Vabadussoja_Ajaloo_Komitee, lk 61
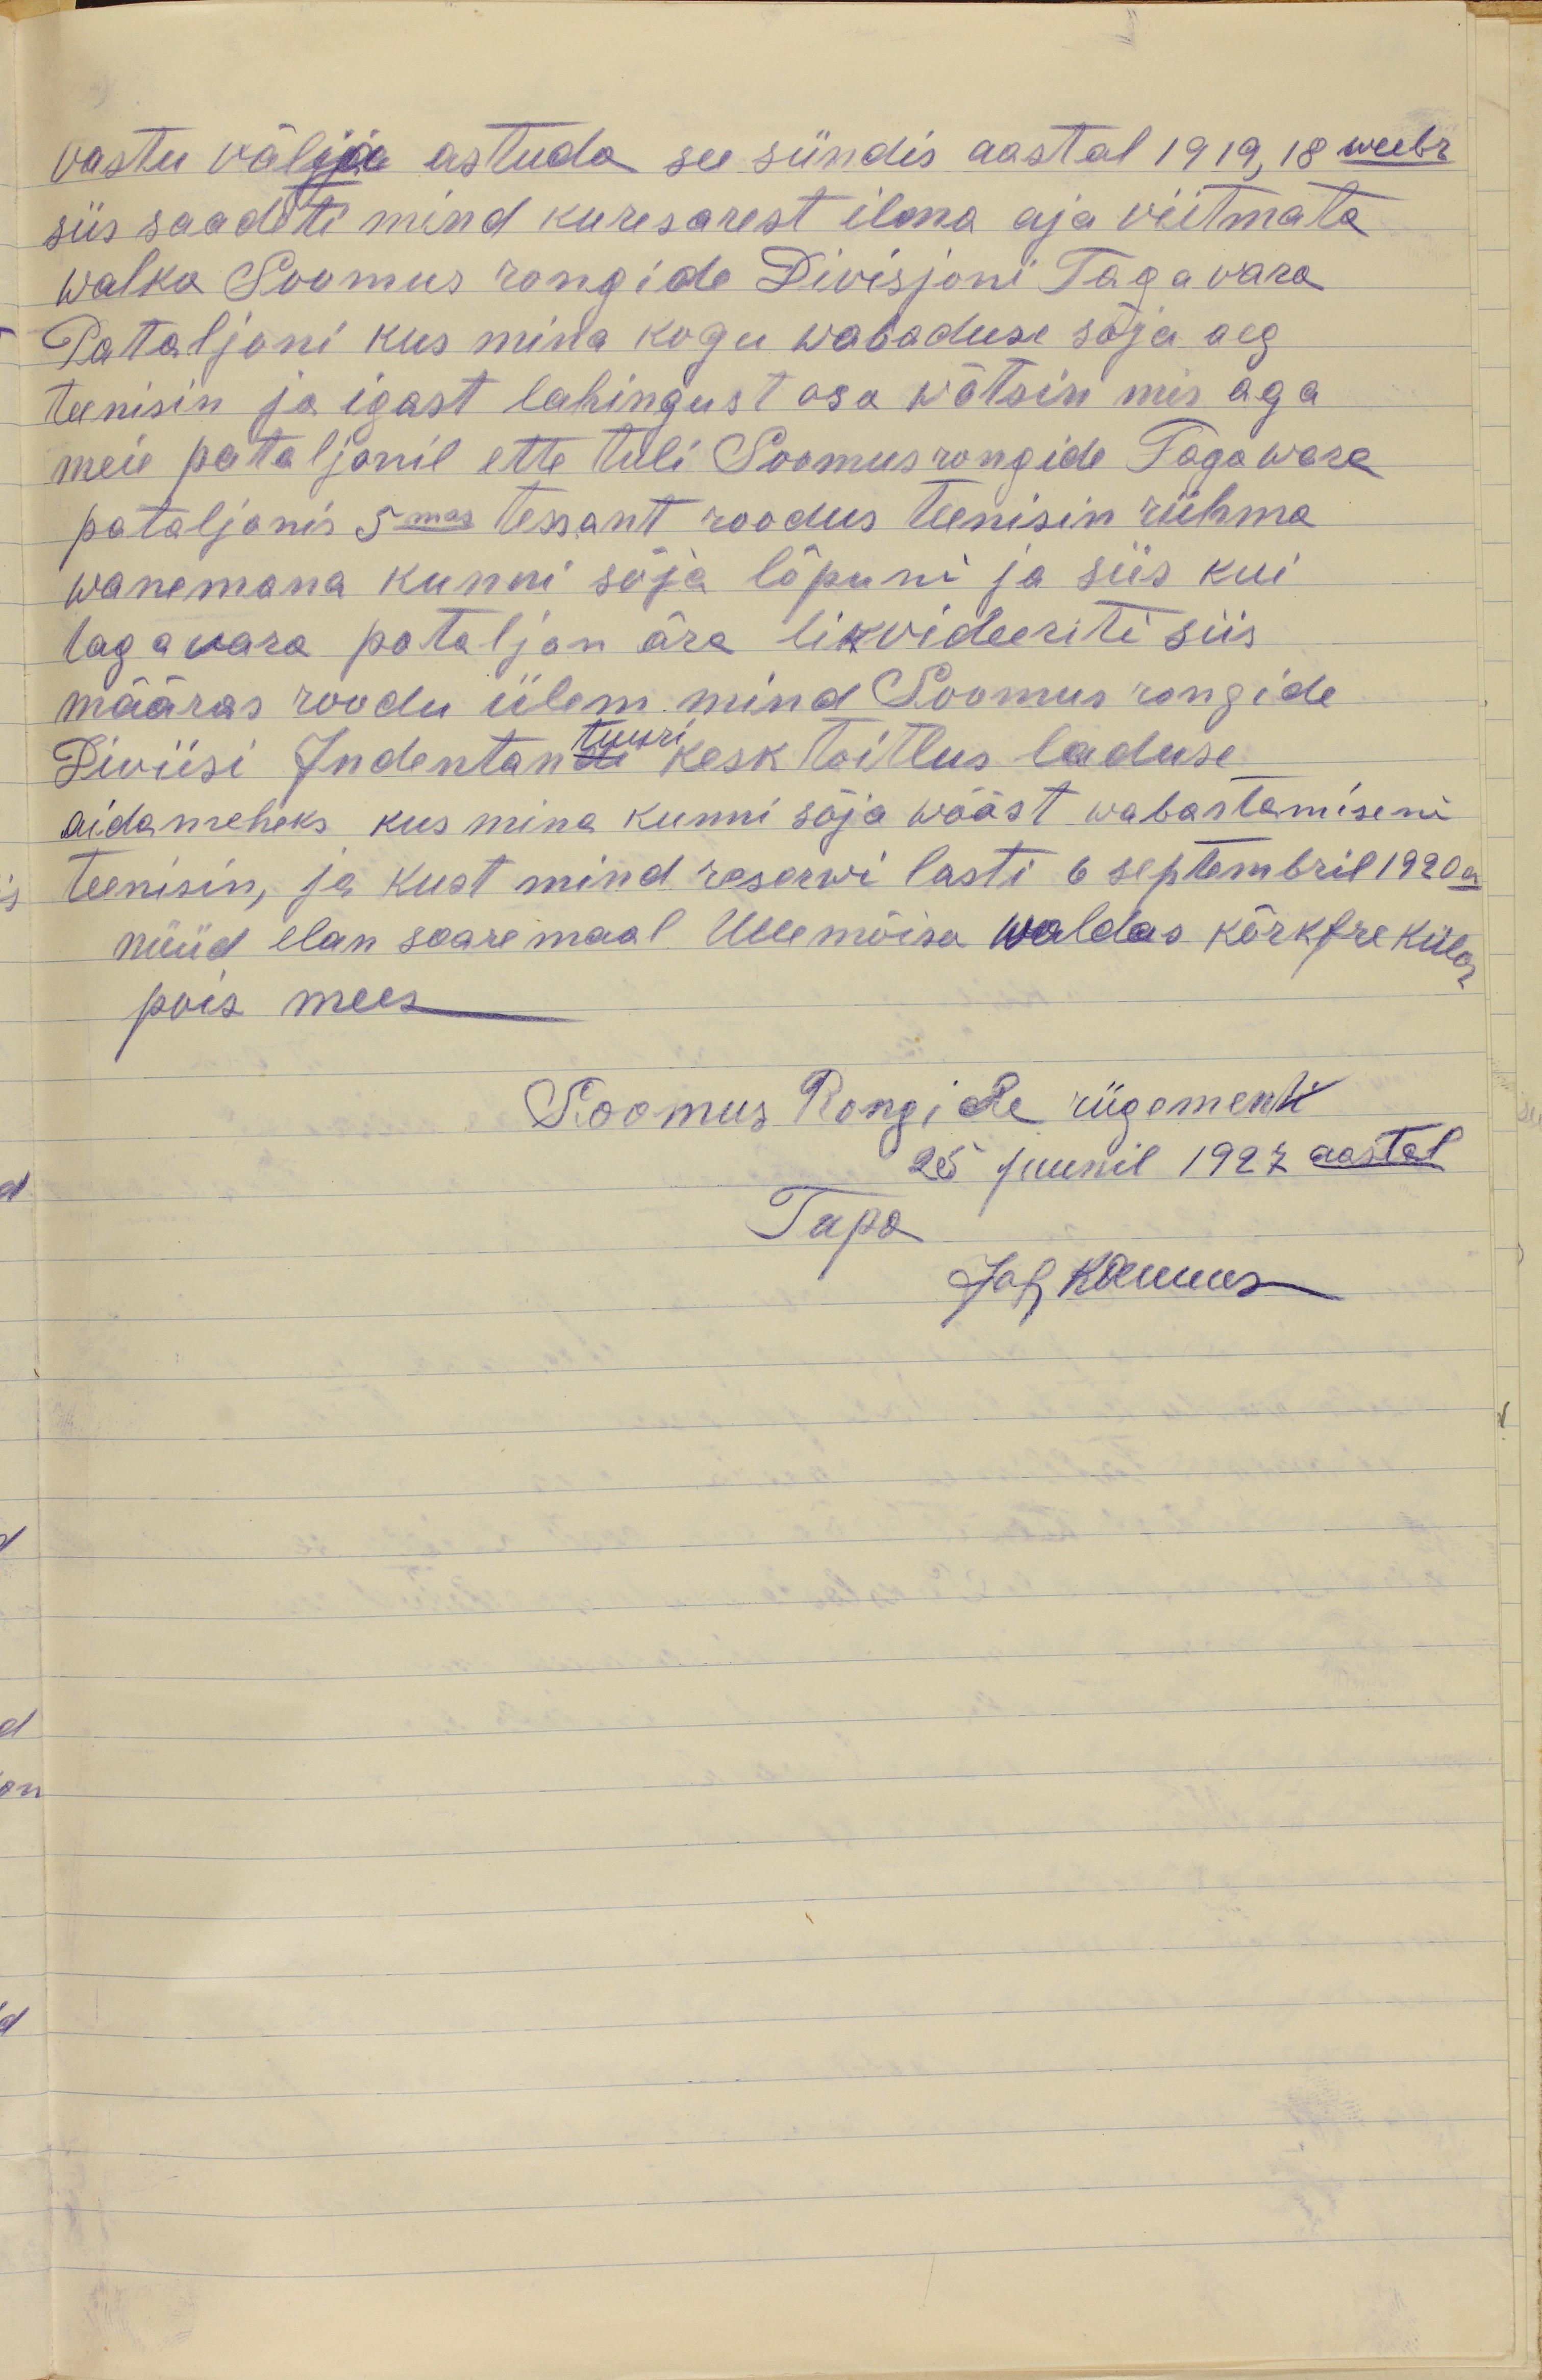
vastu välija astuda see sündis aastal 1919, 18 weebr
siis saadeti mind kuresarest ilma aja viitmata
walka Soomus rongide Divisjoni Tagavara
Pataljoni kus mina kogu wabaduse sõja aeg
teenisin ja igast lahingust osa wõtsin mis aga
meie pataljonil ette tuli Soomusrongide Tagawara
pataljonis 5 mas tessant roodus teenisin rühma
wanemana kunni sõja lõpuni ja siis kui
tagavara pataljon ära likvideeriti siis
määras roodu ülem mind Soomus rongide
tuuri
Diviisi Indentandi kesk toitlus laduse
aidameheks kus mina kunni sõja wääst wabastamiseni
teenisin, ja kust mind reserwi lasti 6 septembril 1920 a
nüüd elan saare maal Uue mõisa waldas kõrkfre külas
pois mees
Soomus Rongide rügementi
25 juunil 1927. aastal
Tapa
Joh Kannus